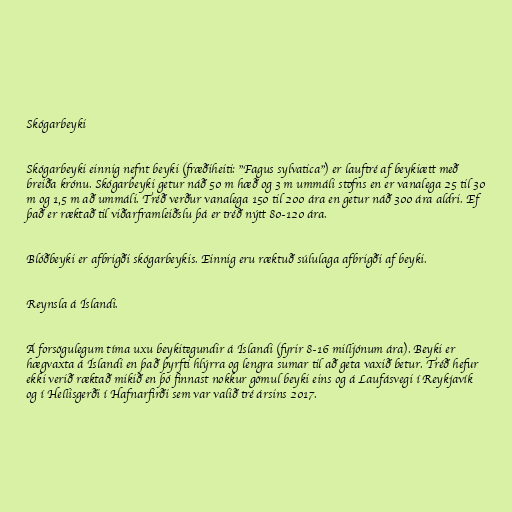
Skógarbeyki

Skógarbeyki einnig nefnt beyki (fræðiheiti: "Fagus sylvatica") er lauftré af beykiætt með
breiða krónu. Skógarbeyki getur náð 50 m hæð og 3 m ummáli stofns en er vanalega 25 til 30
m og 1,5 m að ummáli. Tréð verður vanalega 150 til 200 ára en getur náð 300 ára aldri. Ef
það er ræktað til viðarframleiðslu þá er tréð nýtt 80-120 ára.

Blóðbeyki er afbrigði skógarbeykis. Einnig eru ræktuð súlulaga afbrigði af beyki.

Reynsla á Íslandi.

Á forsögulegum tíma uxu beykitegundir á Íslandi (fyrir 8-16 milljónum ára). Beyki er
hægvaxta á Íslandi en það þyrfti hlýrra og lengra sumar til að geta vaxið betur. Tréð hefur
ekki verið ræktað mikið en þó finnast nokkur gömul beyki eins og á Laufásvegi í Reykjavík
og í Hellisgerði í Hafnarfirði sem var valið tré ársins 2017.